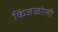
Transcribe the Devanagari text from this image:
किंजळोली